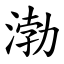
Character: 渤